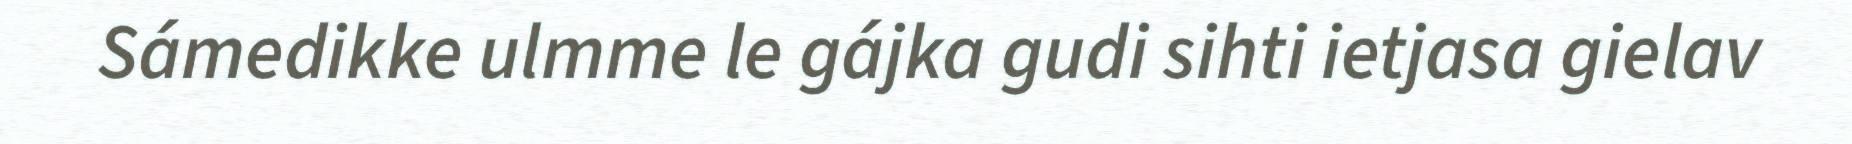
Sámedikke ulmme le gájka gudi sihti ietjasa gielav